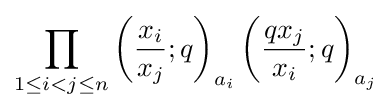
\prod _{1\leq i<j\leq n}\left({\frac {x_{i}}{x_{j}}};q\right)_{a_{i}}\left({\frac {qx_{j}}{x_{i}}};q\right)_{a_{j}}